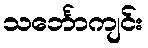
သင်္ဘောကျင်း